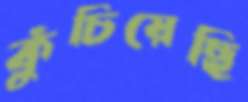
কুঁচিয়েছি